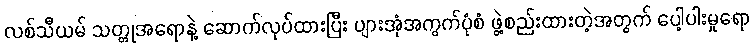
လစ်သီယမ် သတ္တုအရောနဲ့ ဆောက်လုပ်ထားပြီး ပျားအုံအကွက်ပုံစံ ဖွဲ့စည်းထားတဲ့အတွက် ပေါ့ပါးမှုရော